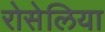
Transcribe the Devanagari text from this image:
रोसेलिया